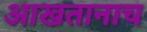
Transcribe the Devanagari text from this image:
आखतानाच